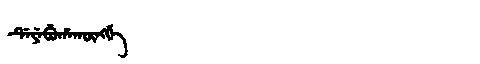
Manchu: ᡩᡝᠶᡝᠪᡠᡥᠠᡴᡡᠩᡤᡝ
Romanization: DEYEBUHAKŪNGGE